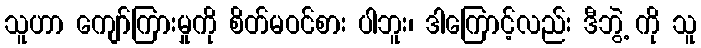
သူဟာ ကျော်ကြားမှုကို စိတ်မဝင်စား ပါဘူး၊ ဒါကြောင့်လည်း ဒီဘွဲ့ ကို သူ